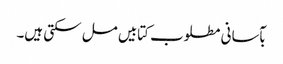
بآسانی مطلوب کتابیں مل سکتی ہیں۔